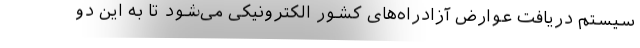
سیستم دریافت عوارض آزادراه‌های کشور الکترونیکی می‌شود تا به این دو